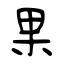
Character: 果